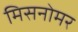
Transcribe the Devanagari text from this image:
मिसनोमर